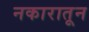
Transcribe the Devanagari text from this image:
नकारातून